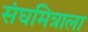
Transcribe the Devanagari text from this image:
संघमित्राला